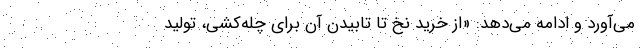
می‌آورد و ادامه می‌دهد: «از خرید نخ تا تابیدن آن برای چله‌کشی، تولید